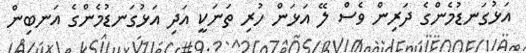
އަޅުގަނޑުމެންގެ ދަރިން ވެސް ލޭ އަޅަން ހުރި ތަނަކީ އަދި އަޅުގަނޑުމެންގެ އަނބިން